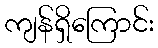
ကျန်ရှိကြောင်း